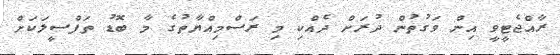
ރާއްޖެޓީވީ އިން ވަގުތުން ދުރަށް ދެއްކި މި ރަސްމިއްޔާތުގެ މާ ބޮޑު ތަފްސީލަކަށް